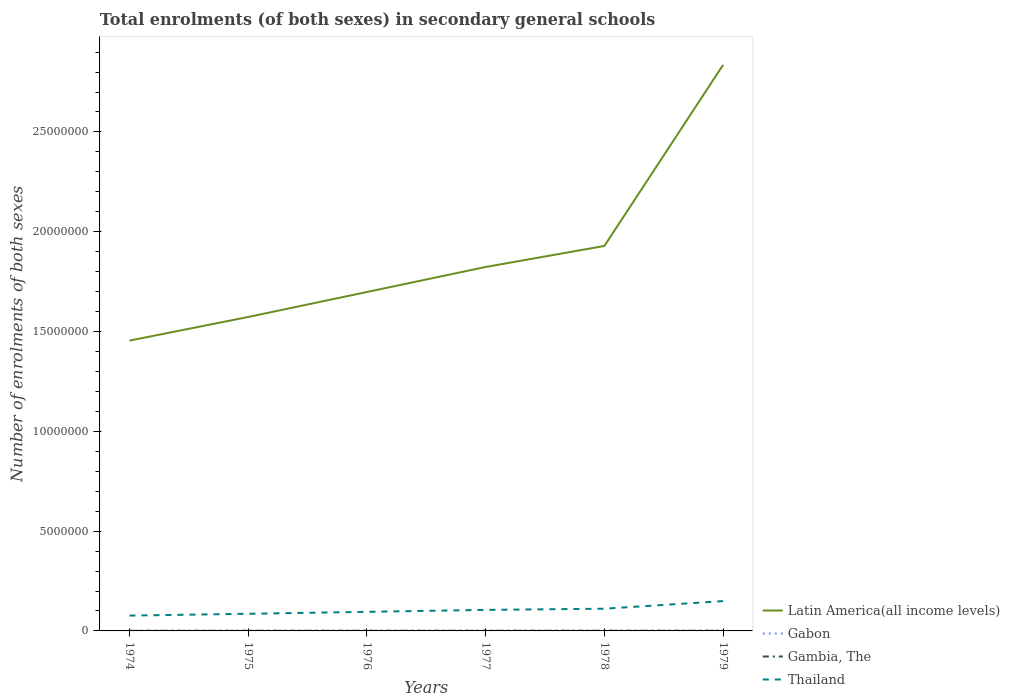
| Years | Latin America(all income levels) | Gabon | Gambia, The | Thailand |
 | --- | --- | --- | --- | --- |
 | 1974 | 1.45e+07 | 1.45e+04 | 5.61e+03 | 7.69e+05 |
 | 1975 | 1.57e+07 | 1.76e+04 | 5.79e+03 | 8.59e+05 |
 | 1976 | 1.7e+07 | 1.97e+04 | 6.18e+03 | 9.56e+05 |
 | 1977 | 1.82e+07 | 2.04e+04 | 6.83e+03 | 1.05e+06 |
 | 1978 | 1.93e+07 | 2.16e+04 | 6.99e+03 | 1.11e+06 |
 | 1979 | 2.84e+07 | 2.03e+04 | 7.48e+03 | 1.49e+06 |